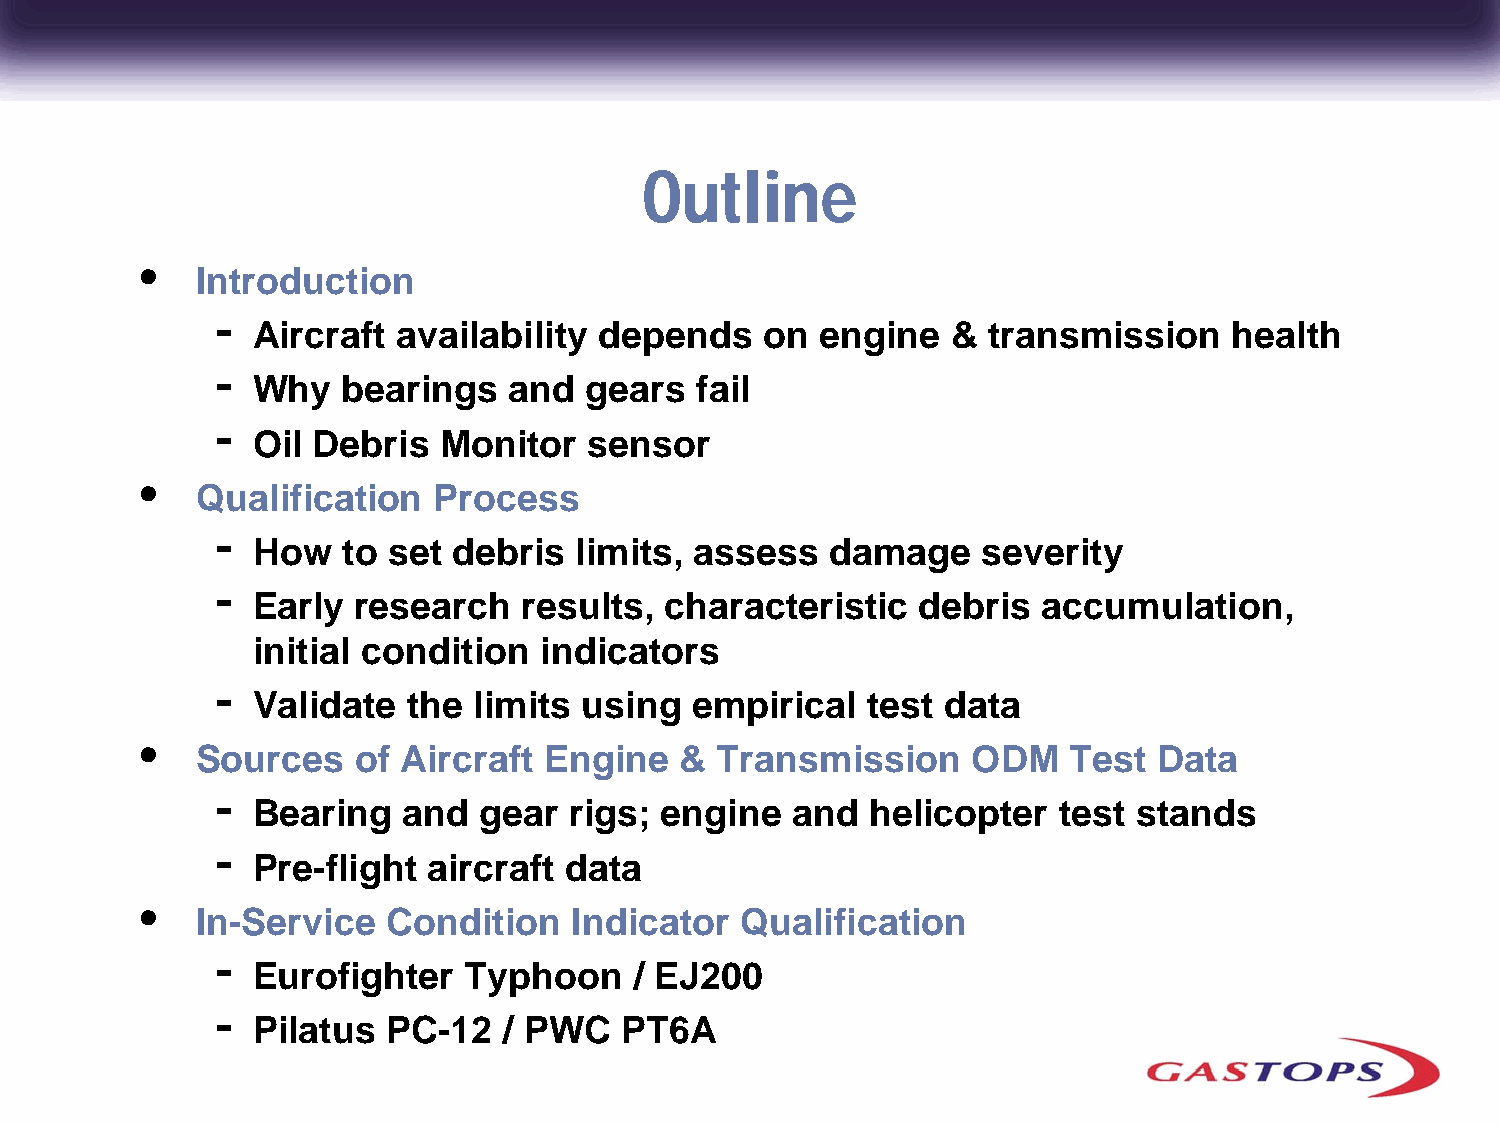
Outline
 •
 Introduction
 -
 Aircraft availability  depends   on  engine   & transmission     health
 -
 Why   bearings   and  gears  fail
 -
 Oil Debris  Monitor   sensor
 •
 Qualification   Process
 -
 How   to set debris  limits, assess   damage    severity
 -
 Early research   results,  characteristic   debris  accumulation,
 initial condition  indicators
 -
 Validate  the limits using   empirical  test data
 •
 Sources   of Aircraft  Engine   & Transmission     ODM    Test  Data
 -
 Bearing   and  gear  rigs; engine  and   helicopter  test stands
 -
 Pre-flight aircraft data
 •
 In-Service   Condition   Indicator  Qualification
 -
 Eurofighter   Typhoon    / EJ200
 -
 Pilatus  PC-12  / PWC   PT6A